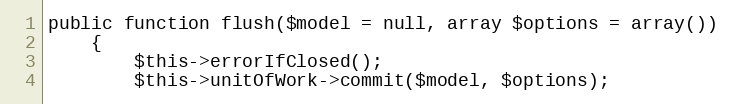
Language: PHP
public function flush($model = null, array $options = array())
    {
        $this->errorIfClosed();
        $this->unitOfWork->commit($model, $options);